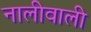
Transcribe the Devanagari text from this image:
नालीवाली